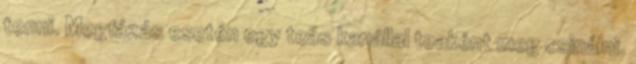
tenni. Megfázás esetén egy teás kanállal teaként meg csinálni.